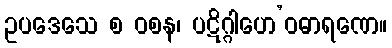
ဥပဒေသေ စ ဝစန၊ ပဋိဂ္ဂါဟေ’ဝဓာရဏေ။